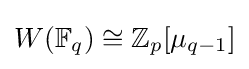
W(\mathbb {F} _{q})\cong \mathbb {Z} _{p}[\mu _{q-1}]